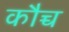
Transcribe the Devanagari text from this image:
कौच्च